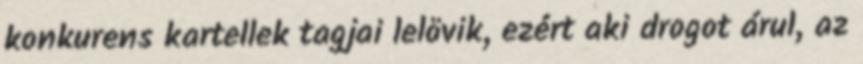
konkurens kartellek tagjai lelövik, ezért aki drogot árul, az